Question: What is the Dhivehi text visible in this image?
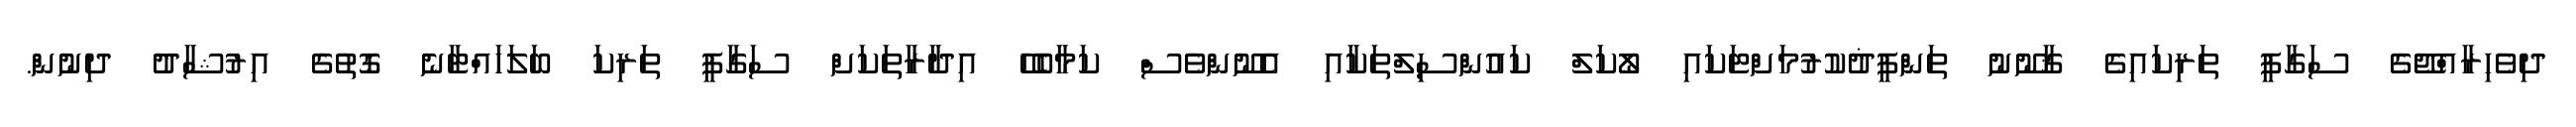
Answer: ދިވެހިރާއްޖޭގެ ސަގާފީ ތަރިކައިގެ ޤާނޫނު ތަންފީޛުކުރުމަށްޓަކައި ލޯކަލް ކައުންސިލްތަކާއި އެނޫންވެސް ކަމާބެހޭ އިދާރާތަކަށް ސަގާފީ ތަރިކަ ބަލަހައްޓާނެ ގޮތުގެ އިރުޝާދު ދިނުން.